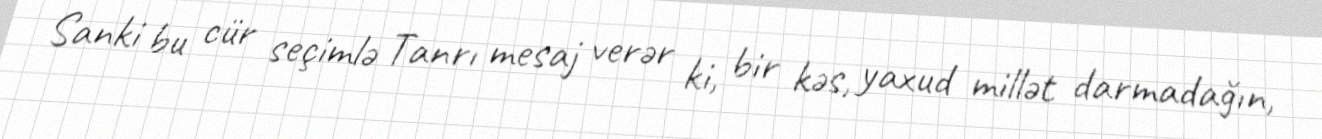
Sanki bu cür seçimlə Tanrı mesaj verər ki, bir kəs, yaxud millət darmadağın,